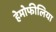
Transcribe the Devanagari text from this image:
हेमोफीलिया